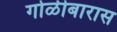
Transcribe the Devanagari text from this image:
गोळीबारास